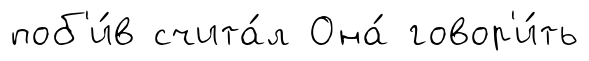
поб'и́в счита́л Она́ говор'и́ть